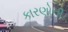
કારણોની